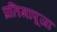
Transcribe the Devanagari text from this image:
प्रतिमापूजा